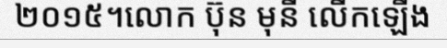
២០១៥។លោក ប៊ុន មុនី លើកឡើង